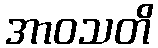
အာဝသတိ